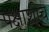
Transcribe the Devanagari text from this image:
पक्षाशीच